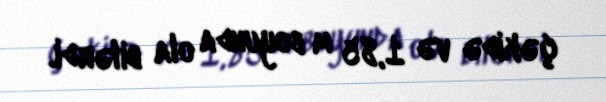
çəkidə və 1,85 m boyunda ola bilərdi.